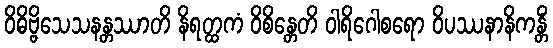
ဝိဓိဗ္ဗိသေသနန္တဿာတိ နိရတ္ထကံ ဝိစိန္တေတိ ဝါရိဂေါစရော ဝိပဿနာနိကန္တိံ